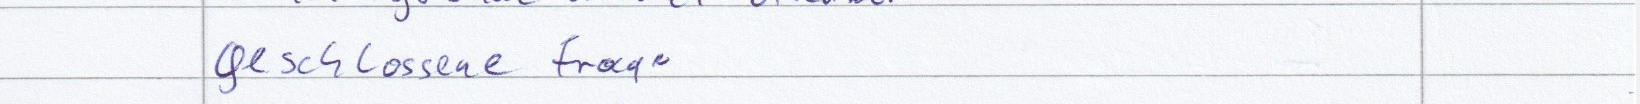
geschlossene Frage